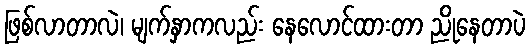
ဖြစ်လာတာလဲ၊ မျက်နှာကလည်း နေလောင်ထားတာ ညိုနေတာပဲ